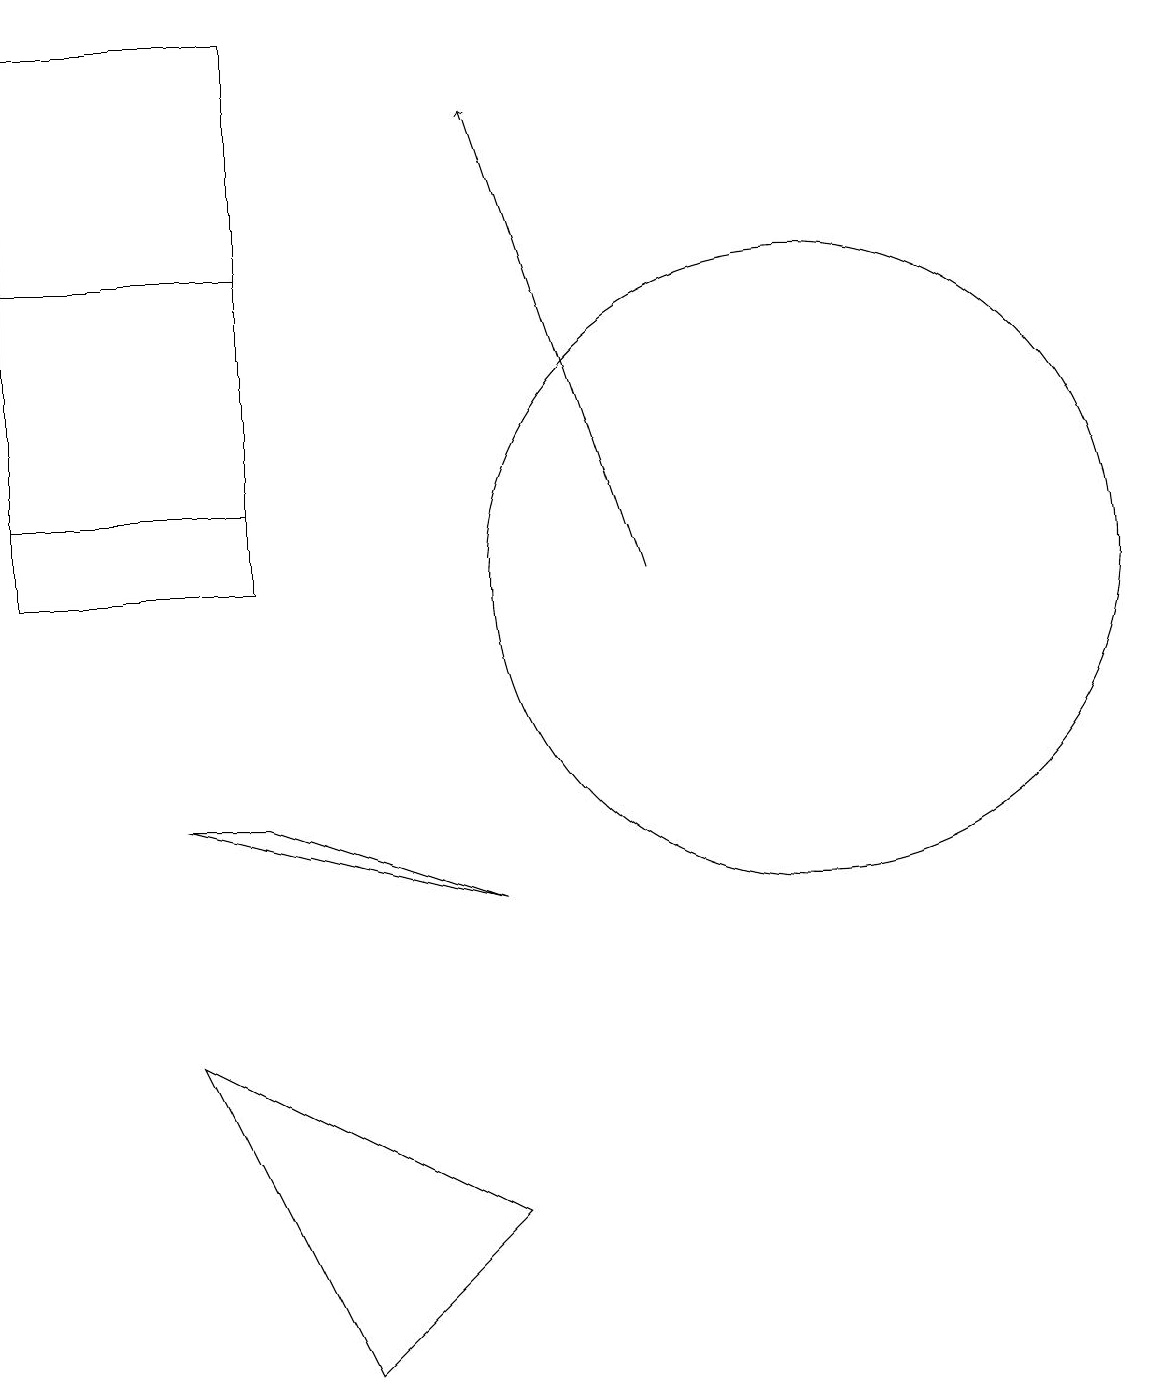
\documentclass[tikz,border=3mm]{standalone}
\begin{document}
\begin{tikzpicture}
\draw (10,12) circle (4);
\draw (3,16) rectangle (0,12);
\draw[->] (8,12) -- (6,18);
\draw (3,9) -- (2,9) -- (6,8) -- cycle;
\draw (2,6) -- (6,4) -- (4,2) -- cycle;
\draw (0,13) rectangle (3,19);
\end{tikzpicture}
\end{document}